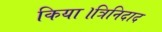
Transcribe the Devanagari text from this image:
किया।त्रिनिदाद